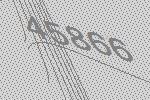
45866